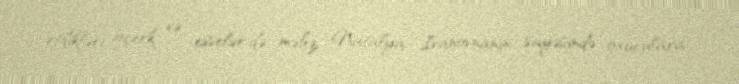
etdikləri oçerk və esselər də məhz Natalya İvanovnanın sayəsində oxuculara